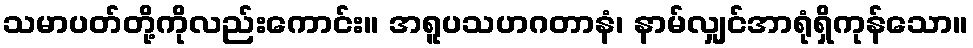
သမာပတ်တို့ကိုလည်းကောင်း။ အရူပသဟဂတာနံ၊ နာမ်လျှင်အာရုံရှိကုန်သော။